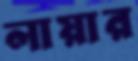
লায়ার